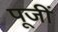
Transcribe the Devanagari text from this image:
पूजीं